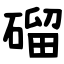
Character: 磂